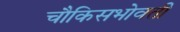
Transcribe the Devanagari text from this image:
चौकिसभोवती